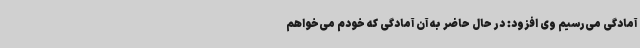
آمادگی می‌رسیم وی افزود: در حال حاضر به آن آمادگی که خودم می‌خواهم